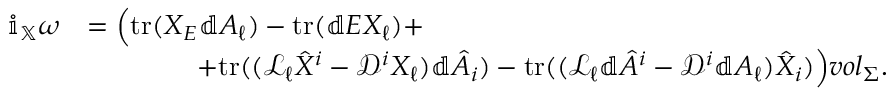
\begin{array} { r l } { \mathbb { i } _ { \mathbb { X } } \boldsymbol { \omega } } & { = \Big ( \mathrm { t r } ( X _ { E } \mathbb { d } A _ { \ell } ) - \mathrm { t r } ( \mathbb { d } E X _ { \ell } ) + } \\ & { \qquad \qquad + \mathrm { t r } ( ( \mathcal { L } _ { \ell } \hat { X } ^ { i } - \mathcal { D } ^ { i } X _ { \ell } ) \mathbb { d } \hat { A } _ { i } ) - \mathrm { t r } ( ( \mathcal { L } _ { \ell } \mathbb { d } \hat { A } ^ { i } - \mathcal { D } ^ { i } \mathbb { d } A _ { \ell } ) \hat { X } _ { i } ) \Big ) { \boldsymbol { v o l } } _ { \Sigma } . } \end{array}